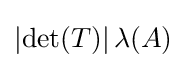
\left|\det(T)\right|\lambda (A)